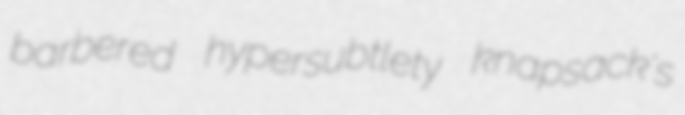
barbered hypersubtlety knapsack's